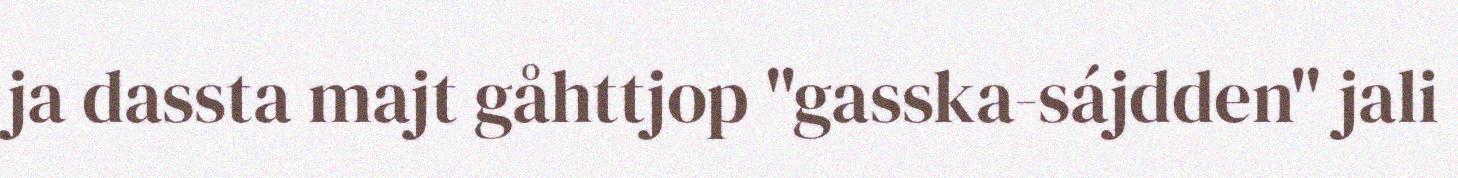
ja dassta majt gåhttjop "gasska-sájdden" jali